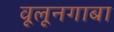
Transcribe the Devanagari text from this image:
वूलूनगाबा